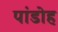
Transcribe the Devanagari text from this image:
पांडोह